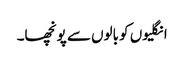
انگلیوں کو بالوں سے پونچھا۔